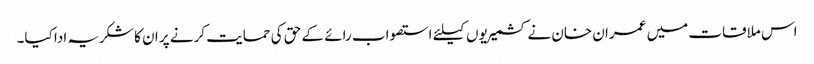
اس ملاقات میں عمران خان نے کشمیریوں کیلئے استصواب رائے کے حق کی حمایت کرنے پر ان کا شکریہ ادا کیا۔